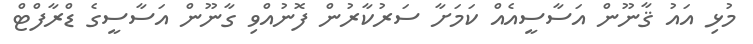
މުޅި އައު ޤާނޫން އަސާސީއެއް ކަމަށާ ސަރުކާރުން ފޮނުއްވި ގާނޫން އަސާސީގެ ޑްރާފްޓް